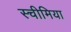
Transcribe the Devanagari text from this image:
स्चीमिया